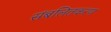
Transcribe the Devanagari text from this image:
संबलितकरण